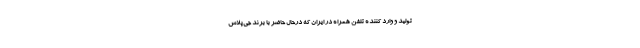
تولید و وارد کننده تلفن همراه در ایران که درحال حاضر با برند جی‌پلاس